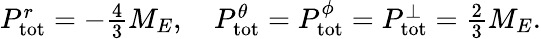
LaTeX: \begin{array}{r}{P_{\mathrm{tot}}^{r}=-\frac{4}{3}M_{E},\quad P_{\mathrm{tot}}^{\theta}=P_{\mathrm{tot}}^{\phi}=P_{\mathrm{tot}}^{\perp}=\frac{2}{3}M_{E}.}\end{array}